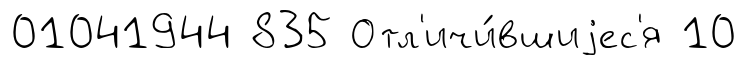
01041944 835 Отл'ичи́вшиjес'я 10